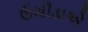
ઉચીડાએ